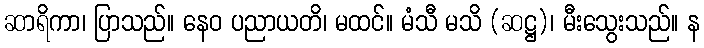
ဆာရိကာ၊ ပြာသည်။ နေဝ ပညာယတိ၊ မထင်။ မံသီ မသိ (ဆဋ္ဌ)၊ မီးသွေးသည်။ န